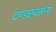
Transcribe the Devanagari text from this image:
दण्डस्वरूप